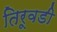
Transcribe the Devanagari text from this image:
तिरूवडी